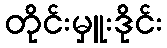
တိုင်းမှူးဒိုင်း